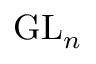
\operatorname { G L } _ { n }